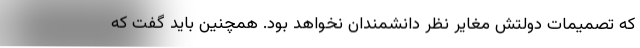
که تصمیمات دولتش مغایر نظر دانشمندان نخواهد بود. همچنین باید گفت که